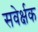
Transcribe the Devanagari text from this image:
सवेर्क्षक